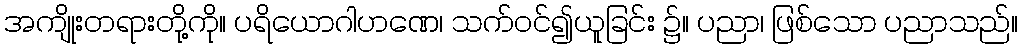
အကျိုးတရားတို့ကို။ ပရိယောဂါဟဏေ၊ သက်ဝင်၍ယူခြင်း ၌။ ပညာ၊ ဖြစ်သော ပညာသည်။